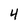
Character: 4